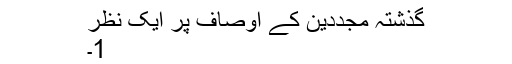
گذشتہ مجددین کے اوصاف پر ایک نظر
1۔